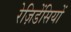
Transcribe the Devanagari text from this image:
रेज़िडेंसियों